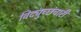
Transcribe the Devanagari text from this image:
विद्युच्छंचारी